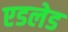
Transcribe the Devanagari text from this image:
एडलेड